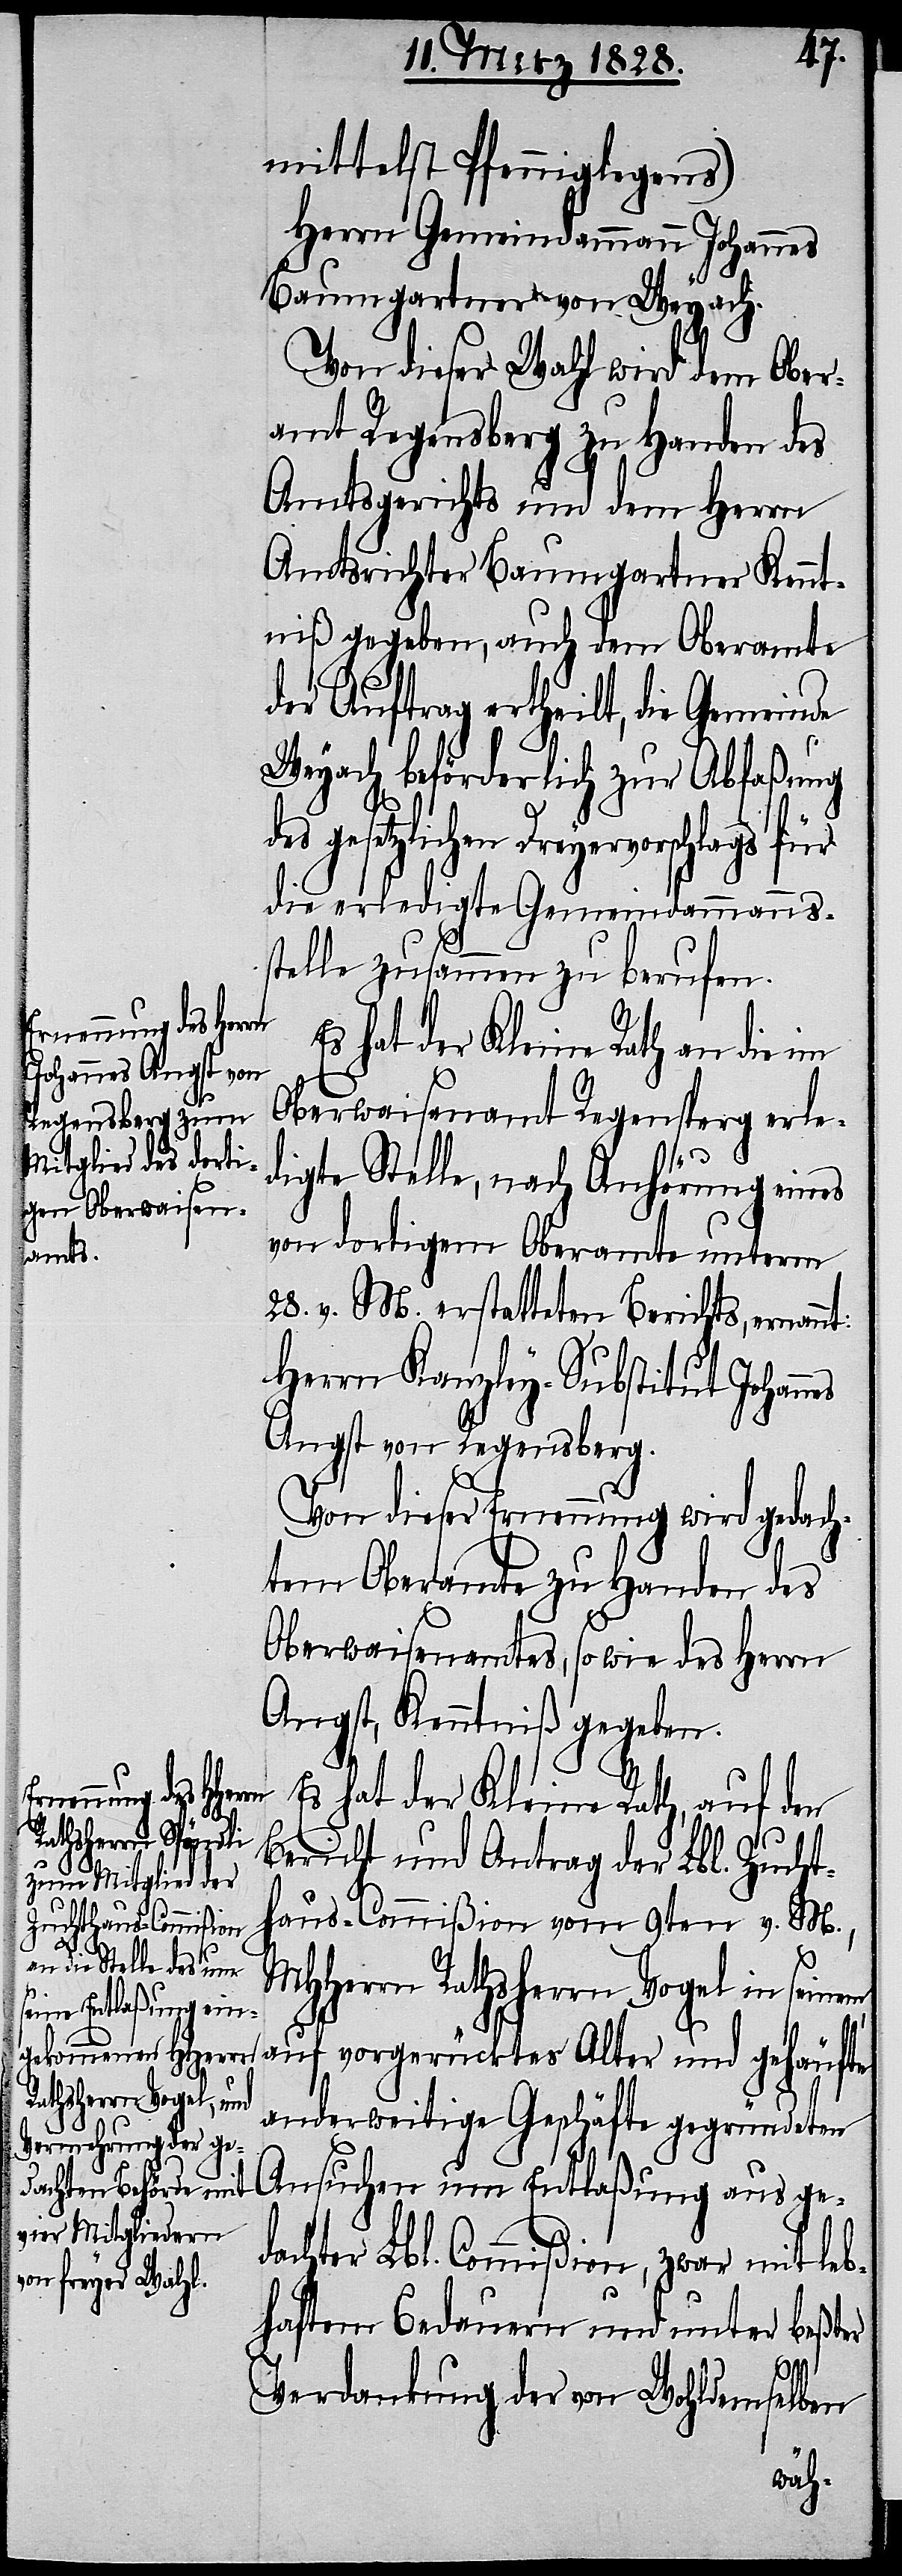
mittelst Pfenniglegens)
Herrn Gemeindammann Johannes
Baumgartner von Weyach.
Von dieser Wahl wird dem Ober¬
amt Regensberg zu Handen des
Amtsgerichts und dem Herrn
Amtsrichter Baumgartner Kennt¬
niß gegeben, auch dem Oberamte
der Auftrag ertheilt, die Gemeinde
Weyach beförderlich zur Abfaßung
des gesetzlichen Dreyervorschlags für
die erledigte Gemeindammanns¬
stelle zusammen zu berufen.
Es hat der Kleine Rath an die im
Oberwaisenamt Regensperg erle¬
digte Stelle, nach Anhörung eines
von dortigem Oberamte unterm,
28. v. M. erstatteten Berichts, ernannt:
Herrn Kanzley-Substitut Johan¬
Angst von Regensberg.
Von dieser Ernennung wird gedach¬
tem Oberamte zu Handen des
Oberwaisenamtes, so wie des Herrn
Angst, Kenntniß gegeben.
Es hat der Kleine Rath, auf den
Bericht und Antrag der Lbl. Zucht¬
nes
haus-Commißion vom 9ten v. M.,
MHHerrn Rathsherrn Vogel in seinem
anderweitige Geschäfte gegründeten
Ansuchen um Entlaßung aus ge¬
dachter Lbl. Commißion, zwar mit leb¬
haftem Bedauern und unter beßter
Alter
Verdankung der von Wohldemselben